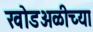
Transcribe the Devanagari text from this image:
खोडअळीच्या